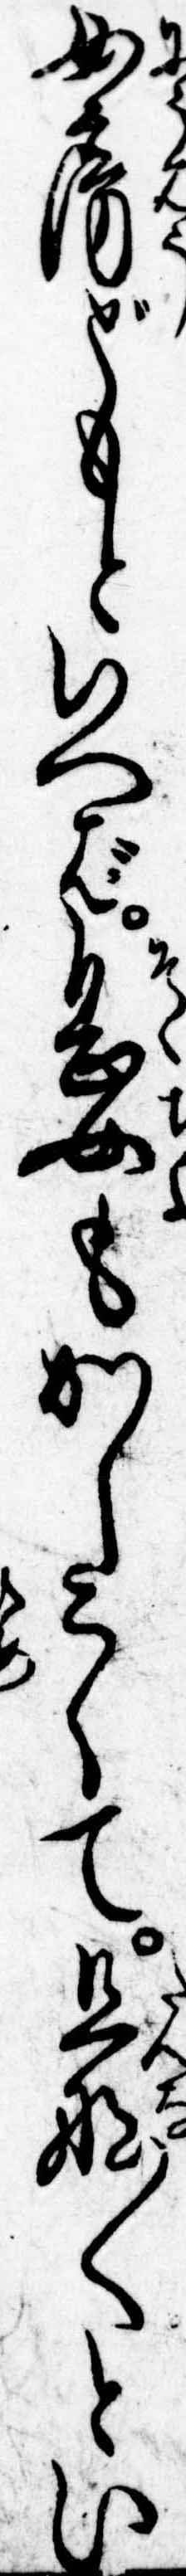
女房どもといへば息女もかしこくて旦那〱とい